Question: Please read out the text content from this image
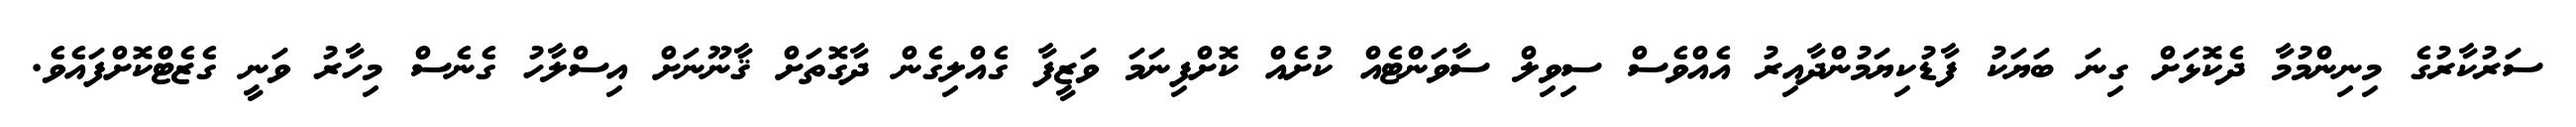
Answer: ސަރުކާރުގެ މިނިންމުމާ ދެކޮޅަށް ގިނަ ބަޔަކު ފާޑުކިޔަމުންދާއިރު އެއްވެސް ސިވިލް ސާވަންޓެއް ކުށެއް ކޮށްފިނަމަ ވަޒީފާ ގެއްލިގެން ދާގޮތަށް ޤާނޫނަށް އިސްލާހު ގެނެސް މިހާރު ވަނީ ގެޒެޓްކޮށްފައެވެ.